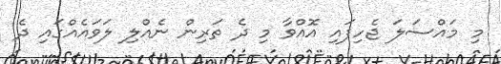
މި މައްސަލަ ޖެހިފައި އޮއްވާ މި ދެ ތަރިން ނެއްލި ލަވައެއްގައި ދެ